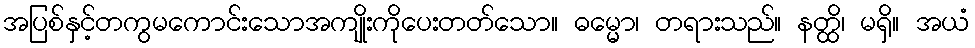
အပြစ်နှင့်တကွမကောင်းသောအကျိုးကိုပေးတတ်သော။ ဓမ္မော၊ တရားသည်။ နတ္ထိ၊ မရှိ။ အယံ